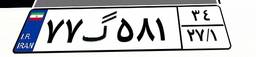
۷۷گ۵۸۱۳۴